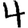
Digit: 4